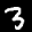
Label: 3